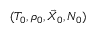
( T _ { 0 } , \rho _ { 0 } , \vec { X } _ { 0 } , { \cal N } _ { 0 } )